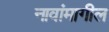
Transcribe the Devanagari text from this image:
नावांमागील